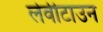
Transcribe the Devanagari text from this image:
लेवीटाउन